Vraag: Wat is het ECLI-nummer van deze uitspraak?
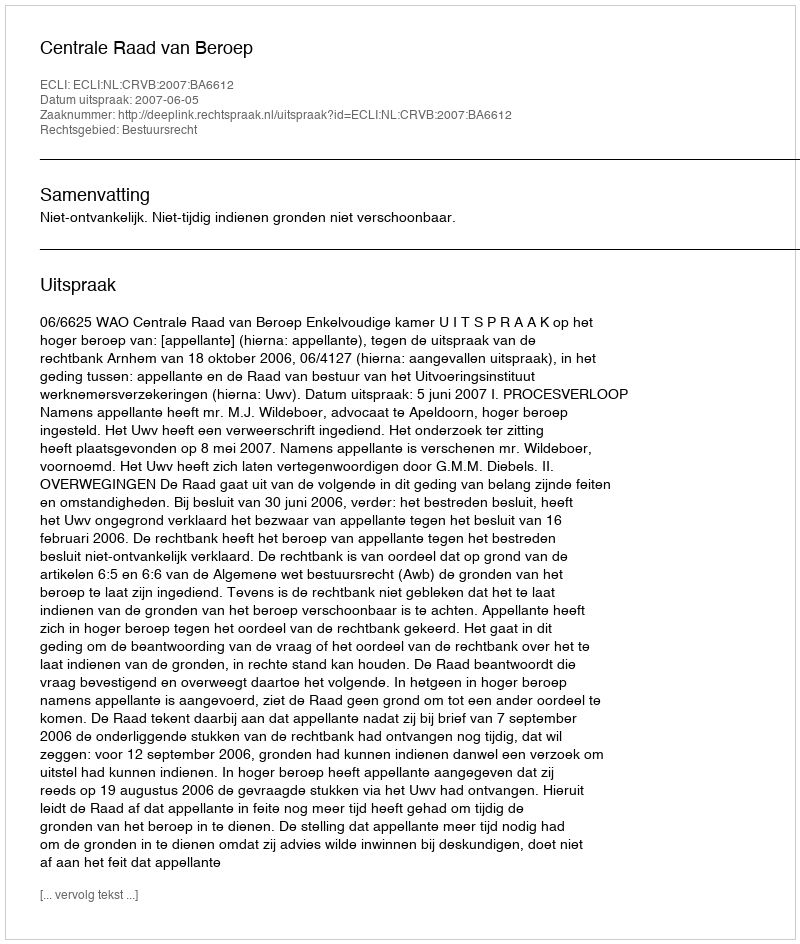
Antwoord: ECLI:NL:CRVB:2007:BA6612